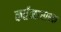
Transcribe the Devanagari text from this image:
कर्तव्याधारक